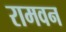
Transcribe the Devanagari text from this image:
रामवन